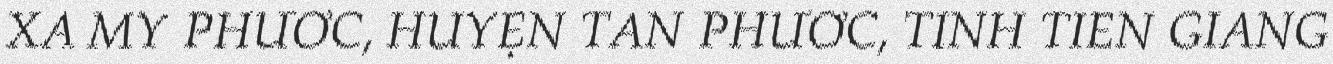
XÃ MỸ PHƯỚC, HUYỆN TÂN PHƯỚC, TỈNH TIỀN GIANG